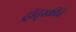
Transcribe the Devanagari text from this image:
ट्रॉट्स्कीचे